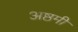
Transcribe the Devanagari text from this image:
अष्ठमी